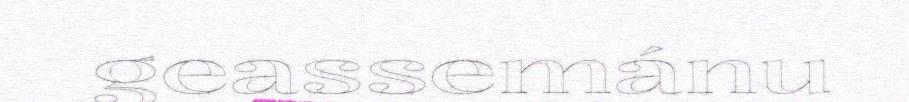
geassemánu